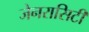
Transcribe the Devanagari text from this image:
जेनरासिटी